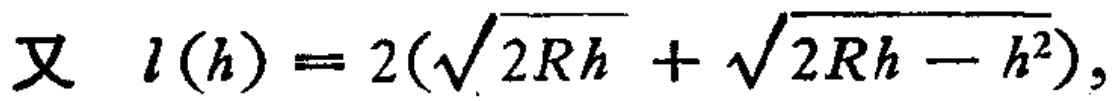
又 \(l(h)=2(\sqrt{2Rh}+\sqrt{2Rh - h^{2}})\)